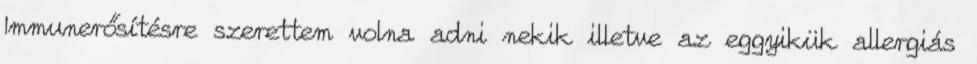
Immunerősítésre szerettem volna adni nekik illetve az eggyikük allergiás